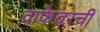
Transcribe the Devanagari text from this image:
वाफेवरची